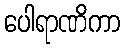
ပေါရာဏိကာ